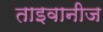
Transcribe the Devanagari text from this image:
ताइवानीज